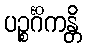
ပဉ္စင်္ဂိကန္တိ